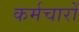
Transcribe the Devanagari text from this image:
कर्मचारों